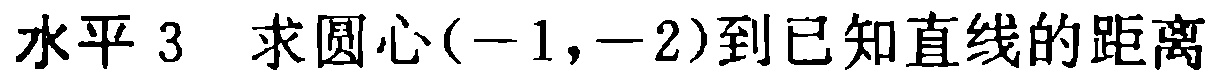
水平 3 求圆心\((-1,-2)\)到已知直线的距离